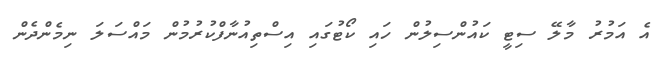
އެ އަމުރު މާލޭ ސިޓީ ކައުންސިލުން ހައި ކޯޓުގައި އިސްތިއުނާފްކުރުމުން މައްސަލަ ނިމެންދެން